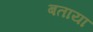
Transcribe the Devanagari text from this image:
बताया